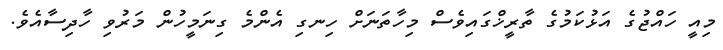
މިއީ ހައްޖުގެ އަޅުކަމުގެ ތާރީޚްގައިވެސް މިހާތަނަށް ހިނގި އެންމެ ގިނަމީހުން މަރުވި ހާދިސާއެވެ.